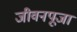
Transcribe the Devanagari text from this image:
जीवनपूजा